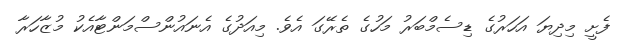
ފެށީ މިދިޔަ އަހަރުގެ ޑިސެމްބަރު މަހުގެ ތެރޭގަ އެވެ. މިއަދުގެ އެނައުންސްމަންޓާއެކު މުޒާހަރާ